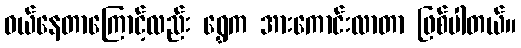
ဝယ်နေတာကြောင့်လည်း ရွှေက အားကောင်းလာတာ ဖြစ်ပါတယ်။